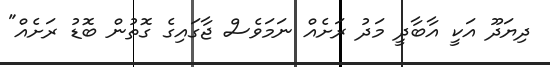
ދިޔަދޫ އަކީ އާބާދީ މަދު ރަށެއް ނަމަވެސް ޖާގައިގެ ގޮތުން ބޮޑު ރަށެއް"